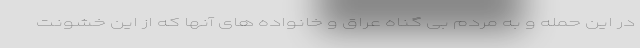
در این حمله و به مردم بی گناه عراق و خانواده های آنها که از این خشونت